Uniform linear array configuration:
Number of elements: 24
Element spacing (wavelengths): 0.75
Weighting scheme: cosine
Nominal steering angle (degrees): -15
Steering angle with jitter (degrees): -14.656
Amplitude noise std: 0.05
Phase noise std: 0.05

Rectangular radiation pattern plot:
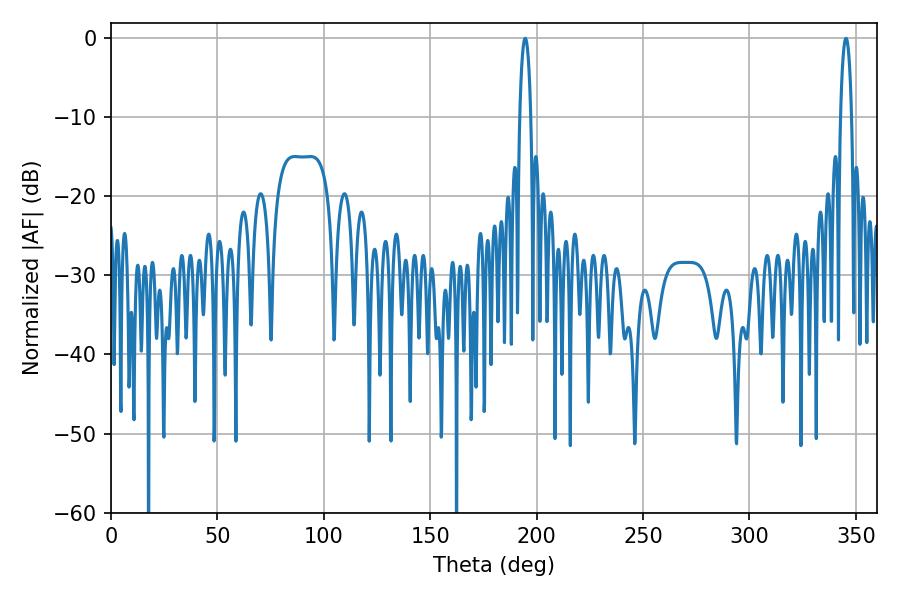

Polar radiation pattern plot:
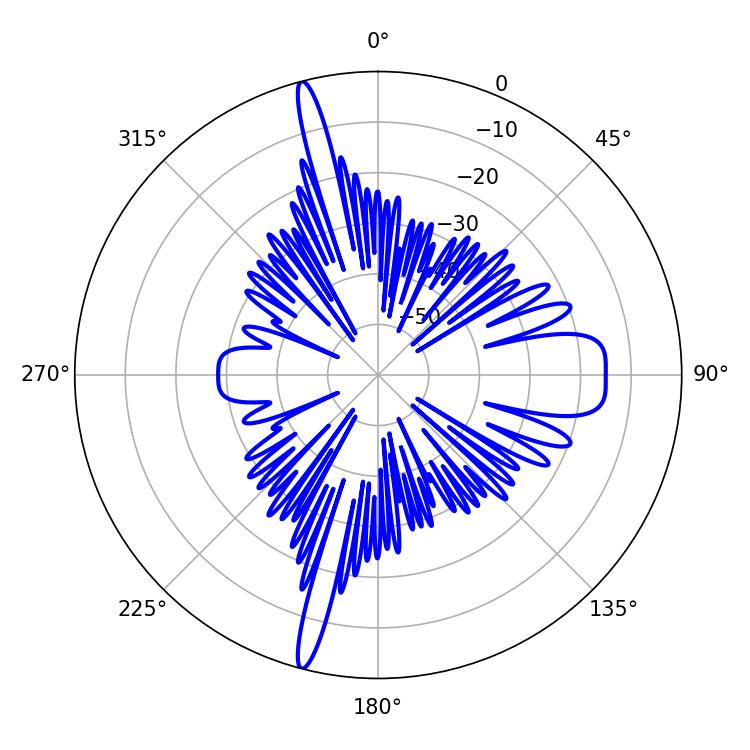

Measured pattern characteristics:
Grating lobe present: TRUE
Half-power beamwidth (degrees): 2.88
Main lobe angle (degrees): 194.58